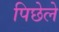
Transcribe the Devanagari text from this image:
पिछेले